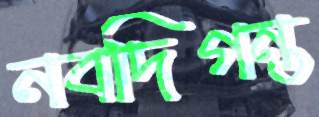
নবদিগন্ত